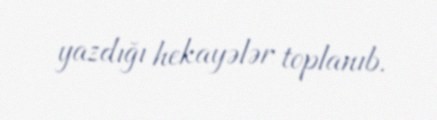
yazdığı hekayələr toplanıb.